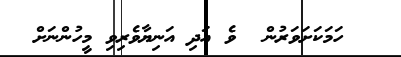
ހަމަކަށަވަރުން  ވެ އަދި އަނިޔާވެރިވި މީހުންނަށް